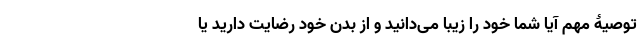
توصیۀ مهم آیا شما خود را زیبا می‌دانید و از بدن خود رضایت دارید یا